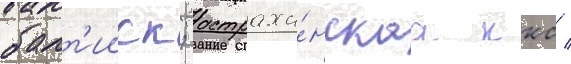
балт'ииск; астраха́нскаа ккс /